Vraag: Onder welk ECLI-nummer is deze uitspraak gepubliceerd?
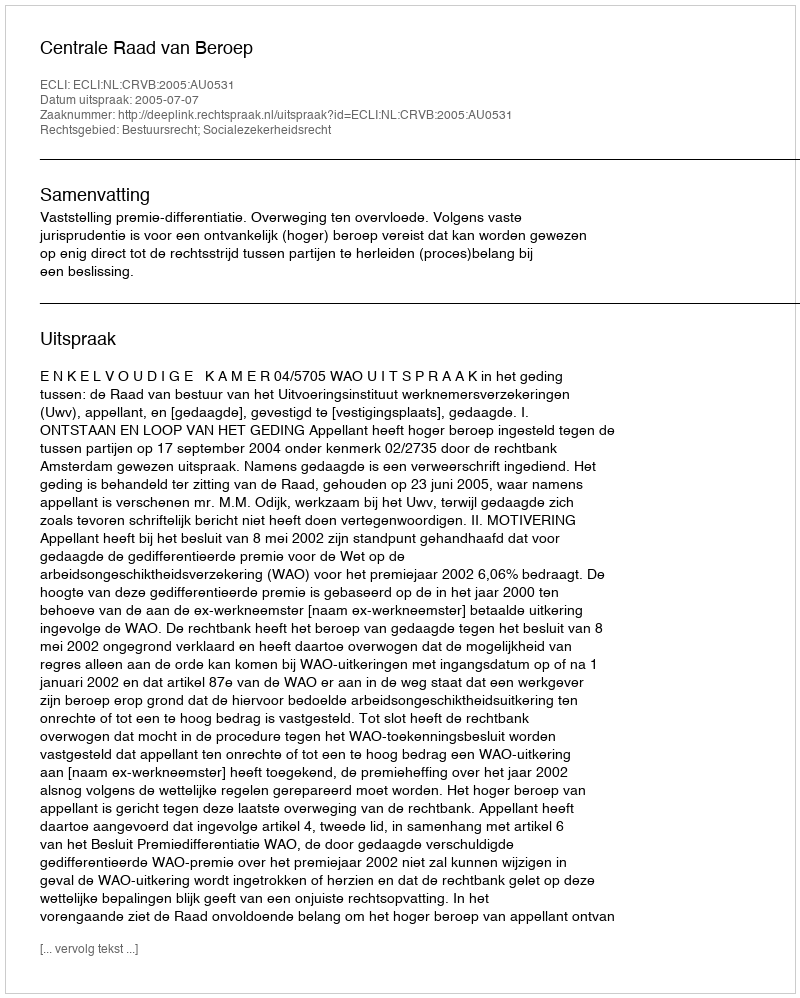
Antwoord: ECLI:NL:CRVB:2005:AU0531